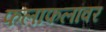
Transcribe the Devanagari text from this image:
फलाफलांवर